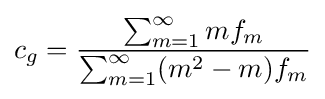
c_{g}={\frac {\sum _{m=1}^{\infty }mf_{m}}{\sum _{m=1}^{\infty }(m^{2}-m)f_{m}}}